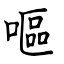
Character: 嘔